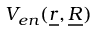
V _ { e n } ( \underline { { r } } , \underline { { R } } )